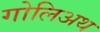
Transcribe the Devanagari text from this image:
गोलिअथ